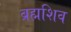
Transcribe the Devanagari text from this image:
ब्रह्मशिव